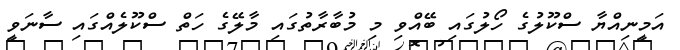
އަމީނިއްޔާ ސްކޫލުގެ ހޯލުގައި ބޭއްވި މި މުބާރާތުގައި މާލޭގެ ހަތް ސްކޫލެއްގައި ސާނަވީ